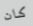
كان